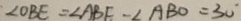
\angle O B E = \angle A B E - \angle A B O = 3 0 ^ { \circ }